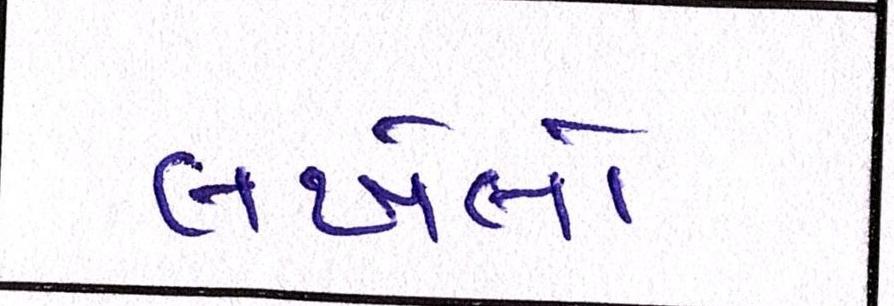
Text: લખેલો